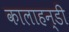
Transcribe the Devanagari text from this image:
कालाहन्डी